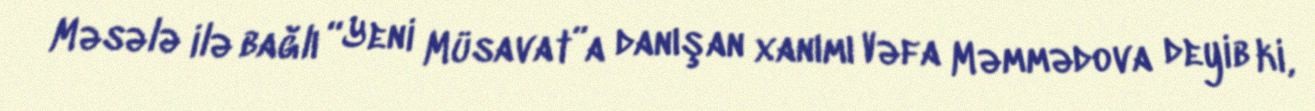
Məsələ ilə bağlı “Yeni Müsavat”a danışan xanımı Vəfa Məmmədova deyib ki,